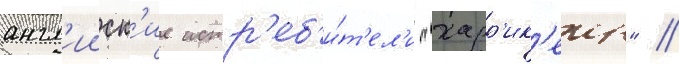
англ'ииск'ие истр'еб'и́т'ел'и "харр'ик'еин" //